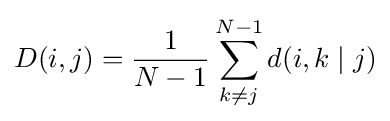
D(i,j)={\frac {1}{N-1}}\sum _{k\neq j}^{N-1}d(i,k\mid j)